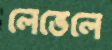
লেভেলে